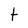
Character: t